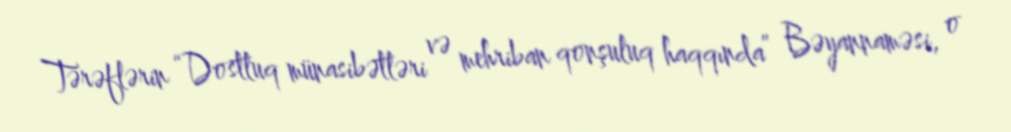
Tərəflərin “Dostluq münasibətləri və mehriban qonşuluq haqqında” Bəyannaməsi, o